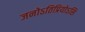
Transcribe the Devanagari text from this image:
जनोऽतिप्रियोऽसि